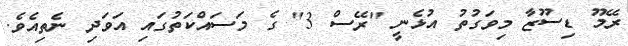
ރޭމޫ ޑިސޫޒާ މިވަގުތު އުޅެނީ "ރޭސް 3" ގެ މަސައްކަތުގައި އަވަދި ނެތިއެވެ.